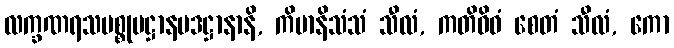
လက္ခဏရသပစ္စုပဋ္ဌာနပဒဋ္ဌာနာနိ, ကိမာနိသံသံ သီလံ, ကတိဝိဓံ စေတံ သီလံ, ကော